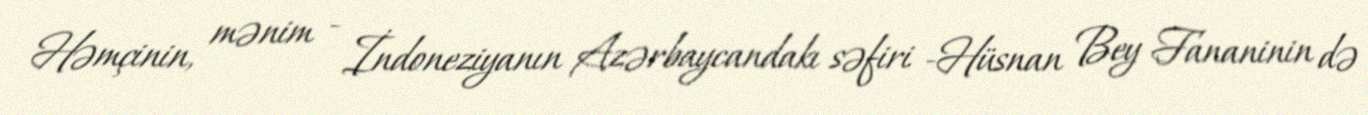
Həmçinin, mənim - İndoneziyanın Azərbaycandakı səfiri -Hüsnan Bey Fananinin də